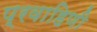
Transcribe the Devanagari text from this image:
प्रवाहिणी